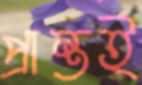
প্রান্তই